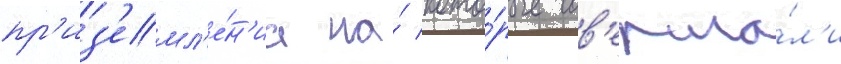
пр'из'емл'е́н'иа на́ кото́рые сов'ерша́л'и